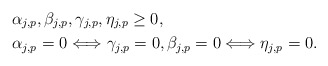
\begin{align*}&\alpha_{j,p},\beta_{j,p},\gamma_{j,p},\eta_{j,p}\ge 0,\\&\alpha_{j,p}=0 \Longleftrightarrow \gamma_{j,p}=0,\beta_{j,p}=0 \Longleftrightarrow \eta_{j,p}=0.\end{align*}